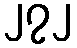
၂၇၂